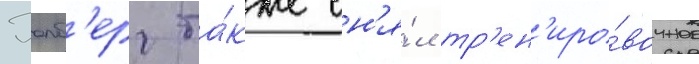
Уолб'ерг та́кже сн'я́л тр'ен'иро́вочное